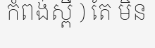
កំពង់ស្ពឺ ) តែ មិន